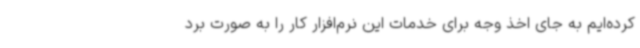
کرده‌ایم به جای اخذ وجه برای خدمات این نرم‌افزار کار را به صورت برد